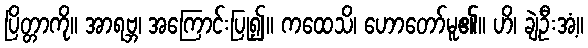
ပြိတ္တာကို။ အာရဗ္ဘ၊ အကြောင်းပြု၍။ ကထေသိ၊ ဟောတော်မူ၏။ ဟိ၊ ချဲ့ဦးအံ့။